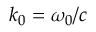
k _ { 0 } = \omega _ { 0 } / c